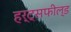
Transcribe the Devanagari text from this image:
हर्ट्सफील्ड